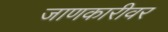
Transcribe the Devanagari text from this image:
जाणकारीवर